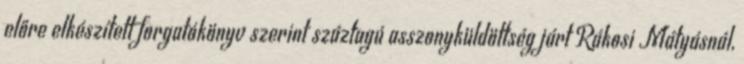
előre elkészített forgatókönyv szerint száztagú asszonyküldöttség járt Rákosi Mátyásnál,